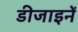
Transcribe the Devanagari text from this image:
डीजाइनें